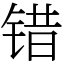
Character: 错